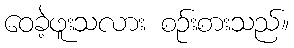
ဝေခဲ့ဖူးသလား စဉ်းစားသည်။